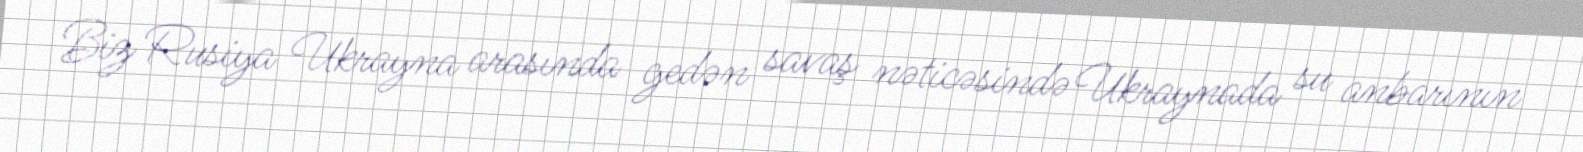
Biz Rusiya Ukrayna arasında gedən savaş nəticəsində Ukraynada su anbarının